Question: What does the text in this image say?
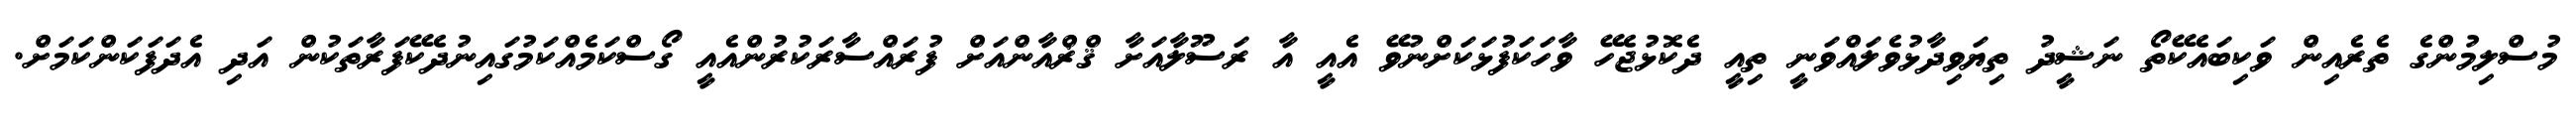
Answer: މުސްލިމުންގެ ތެރެއިން ވަކިބައެކޭތޯ ނަޝީދު ތިޔަވިދާޅުވެލައްވަނީ ތިއީ ދެކޮޅުޖެހޭ ވާހަކަފުޅަކަށްނުވޭ އެއީ އާ ރަސޫލާއަށާ ޤްޜްއާންއަށް ފުރައްސާރަކުރުންއެއީ ގޯސްކަމެއްކަމުގައިނުދެކޭފަރާތަކުން އަދި އެދަފަކަންކަމަށް.